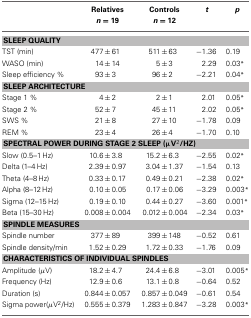
<table><thead><tr><td></td><td><b>Relatives <i>n</i> = 19</b></td><td><b>Controls <i>n</i> = 12</b></td><td><b><i>t</i></b></td><td><b><i>p</i></b></td></tr></thead><tbody><tr><td colspan="5"><b>SLEEP QUALITY</b></td></tr><tr><td>TST (min)</td><td>477 ± 61</td><td>511 ± 63</td><td>−1.36</td><td>0.19</td></tr><tr><td>WASO (min)</td><td>14 ± 14</td><td>5 ± 3</td><td>2.29</td><td>0.03<sup>*</sup></td></tr><tr><td>Sleep efficiency %</td><td>93 ± 3</td><td>96 ± 2</td><td>−2.21</td><td>0.04<sup>*</sup></td></tr><tr><td colspan="5"><b>SLEEP ARCHITECTURE</b></td></tr><tr><td>Stage 1 %</td><td>4 ± 2</td><td>2 ± 1</td><td>2.01</td><td>0.05<sup>*</sup></td></tr><tr><td>Stage 2 %</td><td>52 ± 7</td><td>45 ± 11</td><td>2.02</td><td>0.05<sup>*</sup></td></tr><tr><td>SWS %</td><td>21 ± 8</td><td>27 ± 10</td><td>−1.78</td><td>0.09</td></tr><tr><td>REM %</td><td>23 ± 4</td><td>26 ± 4</td><td>−1.70</td><td>0.10</td></tr><tr><td colspan="5"><b>SPECTRAL POWER DURING STAGE 2 SLEEP (μV<sup>2</sup>/HZ)</b></td></tr><tr><td>Slow (0.5–1 Hz)</td><td>10.6 ± 3.8</td><td>15.2 ± 6.3</td><td>−2.55</td><td>0.02<sup>*</sup></td></tr><tr><td>Delta (1–4 Hz)</td><td>2.39 ± 0.97</td><td>3.04 ± 1.37</td><td>−1.54</td><td>0.13</td></tr><tr><td>Theta (4–8 Hz)</td><td>0.33 ± 0.17</td><td>0.49 ± 0.21</td><td>−2.38</td><td>0.02<sup>*</sup></td></tr><tr><td>Alpha (8–12 Hz)</td><td>0.10 ± 0.05</td><td>0.17 ± 0.06</td><td>−3.29</td><td>0.003<sup>*</sup></td></tr><tr><td>Sigma (12–15 Hz)</td><td>0.19 ± 0.10</td><td>0.44 ± 0.27</td><td>−3.60</td><td>0.001<sup>*</sup></td></tr><tr><td>Beta (15–30 Hz)</td><td>0.008 ± 0.004</td><td>0.012 ± 0.004</td><td>−2.34</td><td>0.03<sup>*</sup></td></tr><tr><td colspan="5"><b>SPINDLE MEASURES</b></td></tr><tr><td>Spindle number</td><td>377 ± 89</td><td>399 ± 148</td><td>−0.52</td><td>0.61</td></tr><tr><td>Spindle density/min</td><td>1.52 ± 0.29</td><td>1.72 ± 0.33</td><td>−1.76</td><td>0.09</td></tr><tr><td colspan="5"><b>CHARACTERISTICS OF INDIVIDUAL SPINDLES</b></td></tr><tr><td>Amplitude (μV)</td><td>18.2 ± 4.7</td><td>24.4 ± 6.8</td><td>−3.01</td><td>0.005<sup>*</sup></td></tr><tr><td>Frequency (Hz)</td><td>12.9 ± 0.6</td><td>13.1 ± 0.8</td><td>−0.64</td><td>0.52</td></tr><tr><td>Duration (s)</td><td>0.844 ± 0.057</td><td>0.857 ± 0.049</td><td>−0.61</td><td>0.54</td></tr><tr><td>Sigma power(μV<sup>2</sup>/Hz)</td><td>0.555 ± 0.379</td><td>1.283 ± 0.847</td><td>−3.28</td><td>0.003<sup>*</sup></td></tr></tbody></table>